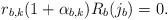
LaTeX: \begin{align*} r_{b,k}(1 + \alpha _{b,k}) R_b (j_b) = 0.\end{align*}